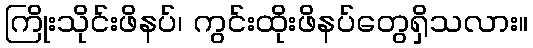
ကြိုးသိုင်းဖိနပ်၊ ကွင်းထိုးဖိနပ်တွေရှိသလား။